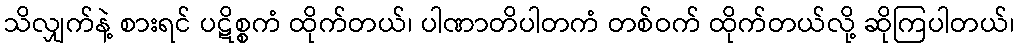
သိလျှက်နဲ့ စားရင် ပဋိစ္စကံ ထိုက်တယ်၊ ပါဏာတိပါတကံ တစ်ဝက် ထိုက်တယ်လို့ ဆိုကြပါတယ်၊